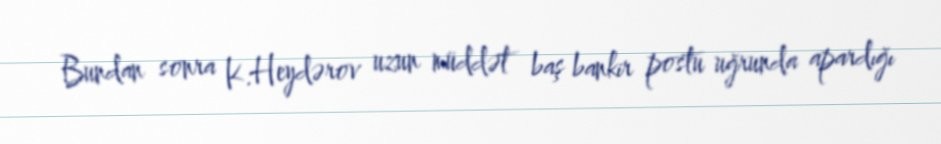
Bundan sonra K.Heydərov uzun müddət baş bankir postu uğrunda apardığı